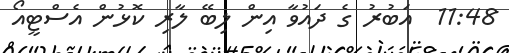
11:48  އަބުރު ގެ ދައުވާ އިން ލިބޭ ލާރި ކޮޅުން އެސްޓީއޯ